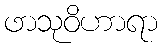
ဖာသုဝိဟာရာ